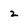
Character: 2